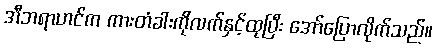
အီဘရာဟင်က ကားတံခါးကိုလက်နှင့်ထုပြီး အော်ပြောလိုက်သည်။